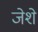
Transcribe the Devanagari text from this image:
जेशे